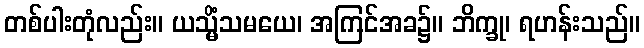
တစ်ပါးတုံလည်း။ ယသ္မိံသမယေ၊ အကြင်အခ၌။ ဘိက္ခု၊ ရဟန်းသည်။